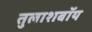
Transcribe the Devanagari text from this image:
तुलाशबॉय